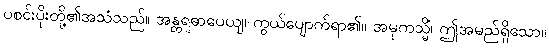
ပစင်းပိုးတို့၏အသံသည်။ အန္တရဓာပေယျ၊ ကွယ်ပျောက်ရာ၏။ အမုကသ္မိံ၊ ဤအမည်ရှိသော။